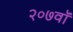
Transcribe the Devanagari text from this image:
२०७वॉ